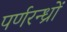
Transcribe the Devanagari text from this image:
पर्णरन्ध्रों